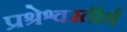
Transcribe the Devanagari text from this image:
प्रश्रेश्वरतीर्थ